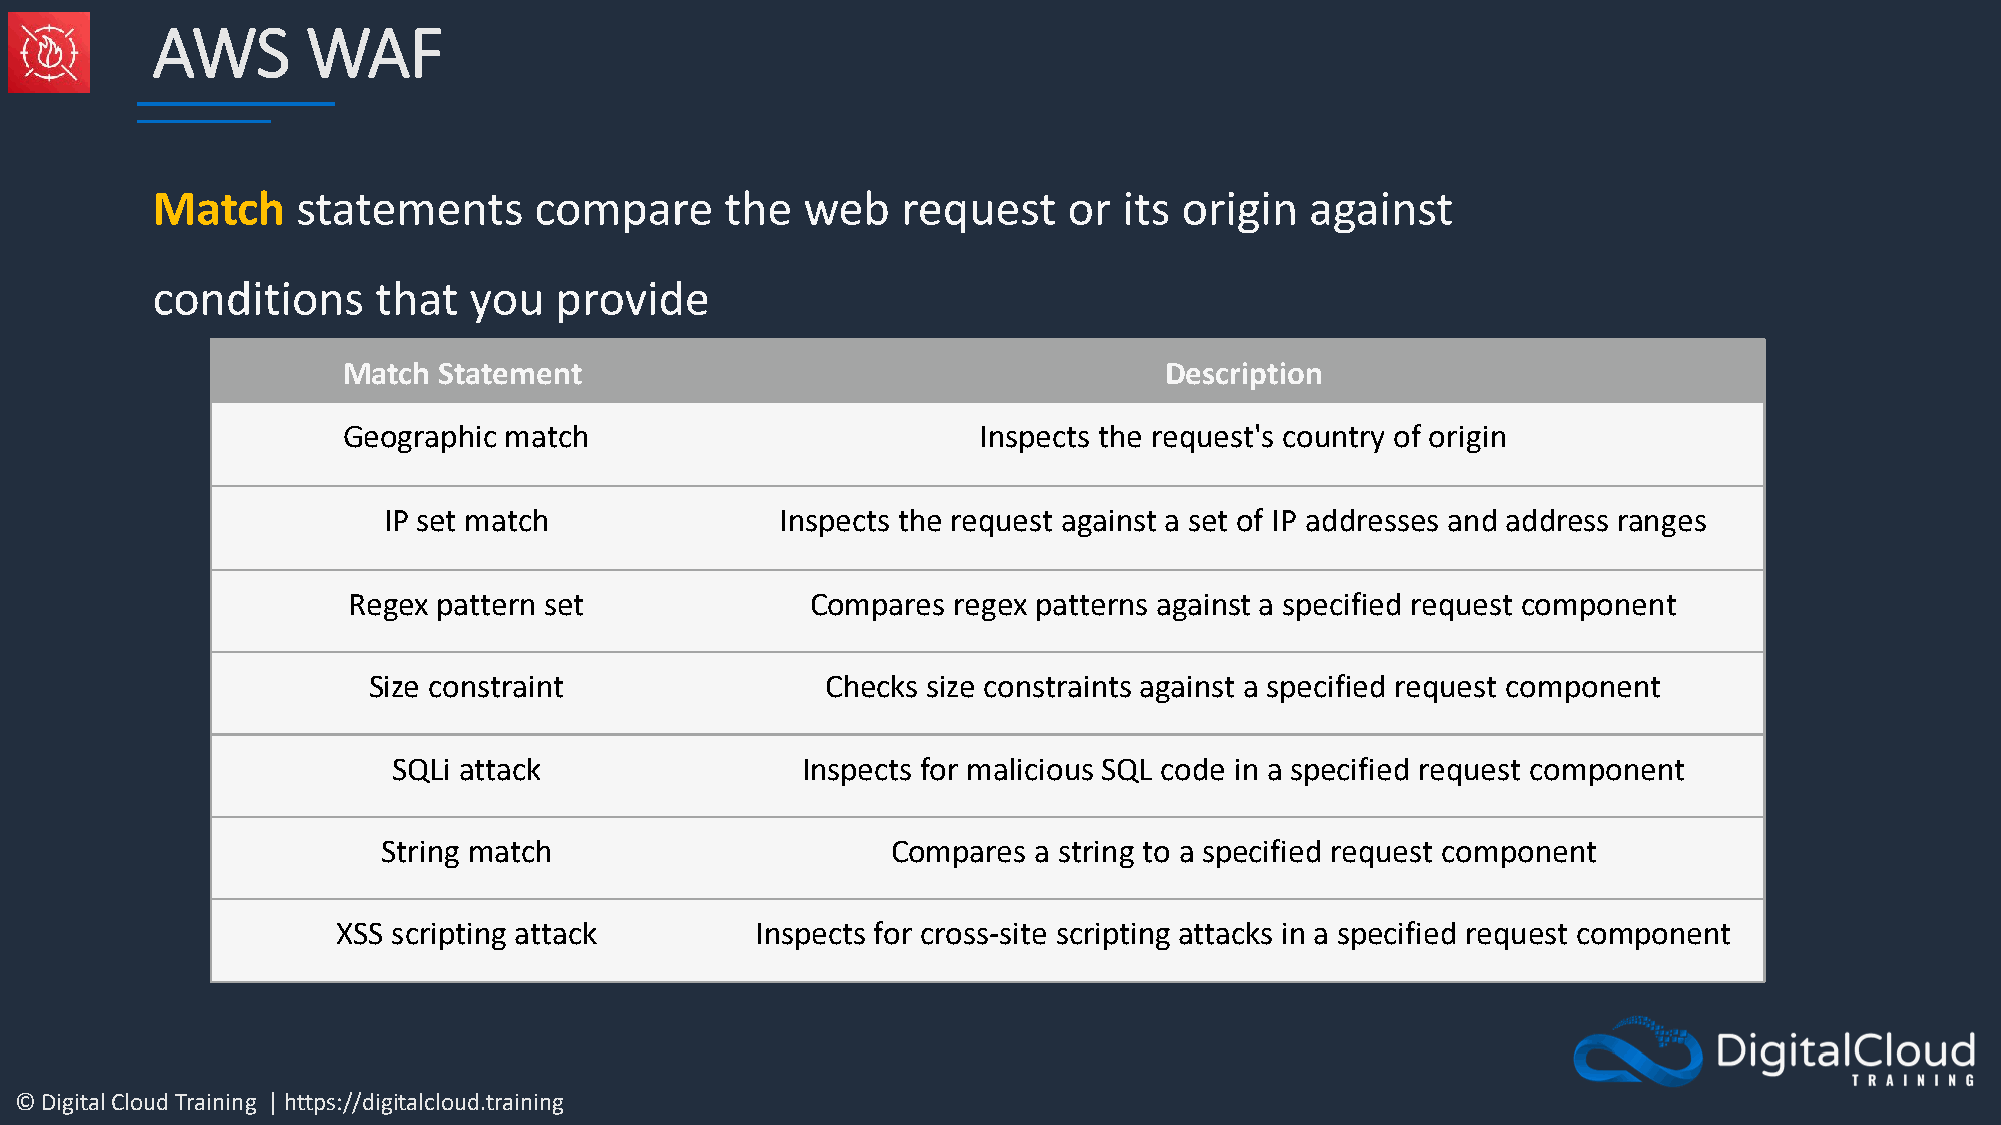
AWS       WAF
 Match     statements     compare      the  web    request    or its origin   against
 conditions     that  you   provide
 Match Statement                                       Description
 Geographic match                          Inspects the request's country of origin
 IP set match               Inspects the request against a set of IP addresses and address ranges
 Regex pattern set              Compares regex patterns against a specified request component
 Size constraint                Checks size constraints against a specified request component
 SQLi attack                Inspects for malicious SQL code in a specified request component
 String match                      Compares a string to a specified request component
 XSS scripting attack        Inspects for cross-site scripting attacks in a specified request component
 © Digital Cloud Training | https://digitalcloud.training